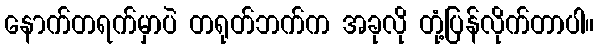
နောက်တရက်မှာပဲ တရုတ်ဘက်က အခုလို တုံ့ပြန်လိုက်တာပါ။